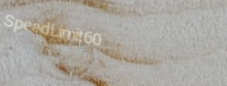
SpeedLimit60